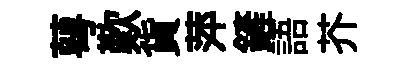
萼歎貨萍鏟語芥